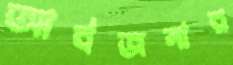
আর্বজনার